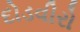
દોડવીરો